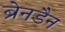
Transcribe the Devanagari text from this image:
ब्रेनडैन